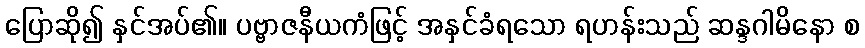
ပြောဆို၍ နှင်အပ်၏။ ပဗ္ဗာဇနီယကံဖြင့် အနှင်ခံရသော ရဟန်းသည် ဆန္ဒဂါမိနော စ